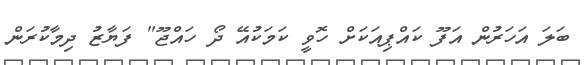
ބަލަ އަހަރުން އަފޫ ކައްޕިއަކަށް ހޮވީ ކަމަކުއޭ ދޯ ހައްޖޫ" ފަޔާޒު ދިމާކުރަން